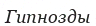
Гипнозды